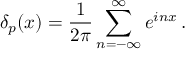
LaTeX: \delta _ { p } ( x ) = \frac { 1 } { 2 \pi } \sum _ { n = - \infty } ^ { \infty } e ^ { i n x } \, .